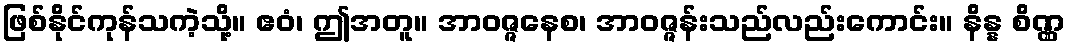
ဖြစ်နိုင်ကုန်သကဲ့သို့။ ဧဝံ၊ ဤအတူ။ အာဝဇ္ဇနေစ၊ အာဝဇ္ဇန်းသည်လည်းကောင်း။ နိန္န စိဏ္ဏ